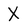
Character: X